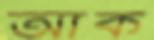
আঁক